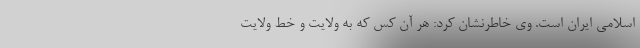
اسلامی ایران است. وی خاطرنشان کرد: هر آن کس که به ولایت و خط ولایت